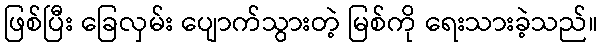
ဖြစ်ပြီး ခြေလှမ်း ပျောက်သွားတဲ့ မြစ်ကို ရေးသားခဲ့သည်။